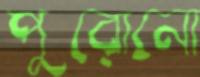
পুরোনো